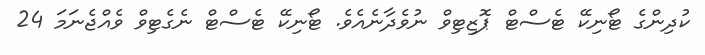
ކުދިންގެ ޓޯނިކޭ ޓެސްޓް ޕޮޒިޓިވް ނުވެދާނެއެވެ. ޓޯނިކޭ ޓެސްޓް ނެގެޓިވް ވެއްޖެނަމަ 24